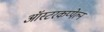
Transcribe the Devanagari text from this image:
ऑस्टरकप्पेल्न